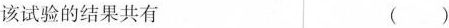
该试验的结果共有 ( )